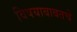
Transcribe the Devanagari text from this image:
विषयाबाबतचे